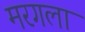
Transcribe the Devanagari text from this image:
मरगला